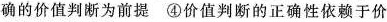
确的价值判断为前提④价值判断的正确性依赖于价